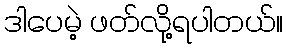
ဒါပေမဲ့ ဖတ်လို့ရပါတယ်။